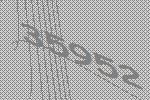
35952